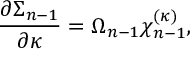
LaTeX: { \frac { \partial \Sigma _ { n - 1 } } { \partial \kappa } } = \Omega _ { n - 1 } \chi _ { n - 1 } ^ { ( \kappa ) } ,